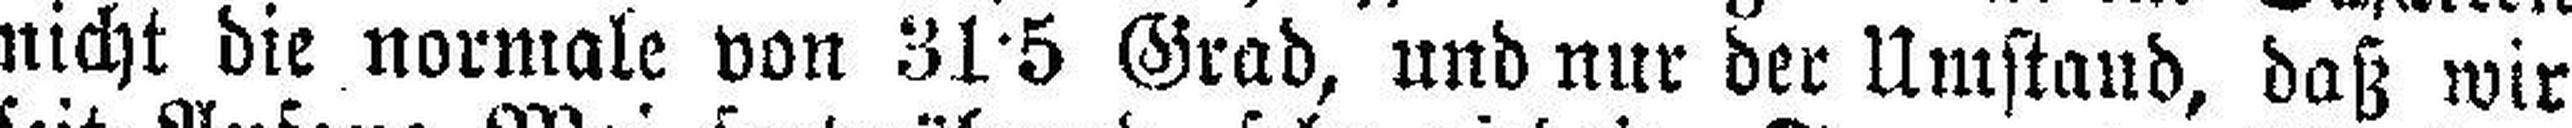
nicht die normale von 31 5 Grad, und nur der Umstand, daß wir